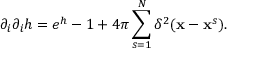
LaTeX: \partial _ { i } \partial _ { i } h = e ^ { h } - 1 + 4 \pi \sum _ { s = 1 } ^ { N } \delta ^ { 2 } ( { \bf { x } } - { \bf { x } } ^ { s } ) .